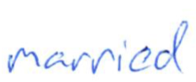
Text: married
Cross-out: clean
Writing tool: ballpoint